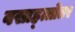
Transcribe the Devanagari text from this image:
वसाह्त्तोतर